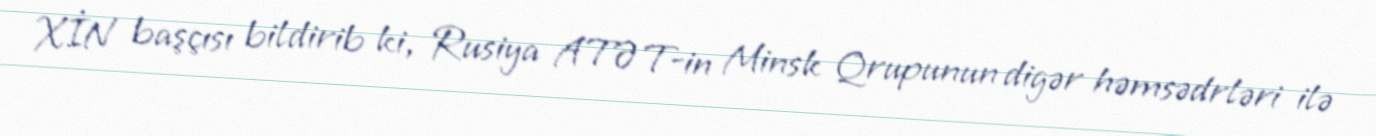
XİN başçısı bildirib ki, Rusiya ATƏT-in Minsk Qrupunun digər həmsədrləri ilə